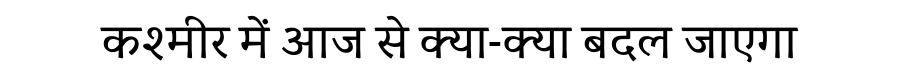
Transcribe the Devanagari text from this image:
कश्मीर में आज से क्या-क्या बदल जाएगा